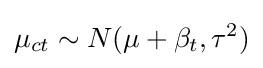
\mu _{ct}\sim N(\mu +\beta _{t},\tau ^{2})